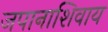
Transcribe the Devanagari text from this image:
जपानाशिवाय